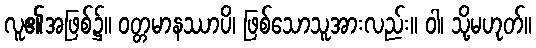
လူ၏အဖြစ်၌။ ဝတ္တမာနဿာပိ၊ ဖြစ်သောသူအားလည်း။ ဝါ၊ သို့မဟုတ်။